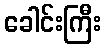
ခေါင်းကြီး